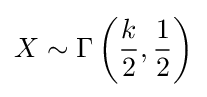
X\sim \Gamma \left({\frac {k}{2}},{\frac {1}{2}}\right)